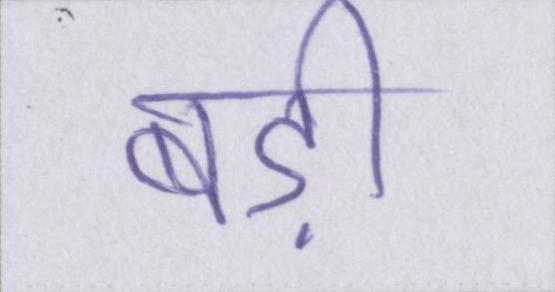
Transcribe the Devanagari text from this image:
बड़ी